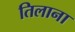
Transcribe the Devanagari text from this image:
तिलाना